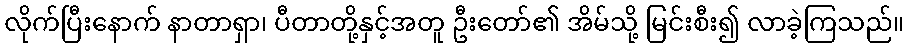
လိုက်ပြီးနောက် နာတာရှာ၊ ပီတာတို့နှင့်အတူ ဦးတော်၏ အိမ်သို့ မြင်းစီး၍ လာခဲ့ကြသည်။